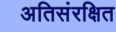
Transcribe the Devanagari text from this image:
अतिसंरक्षित